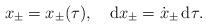
LaTeX: \begin{align*}x_\pm=x_\pm(\tau),\quad{\rm d}x_\pm=\dot x_\pm\,{\rm d}\tau.\end{align*}